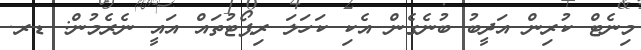
މިނެޓް ކުރިން އަދީބު ބުނެގެން އެކި ކަހަލަ ރިޕޯޓުތައް އައީ ނެރެމުން: ޑރ.